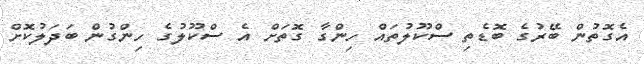
އެގޮތުން ބޭރުގެ ބޮޑެތި ސްކޫލުތައް ހިންގާ ގޮތަށް އެ ސްކޫލުގެ ހިންގުން ބަދަލުކޮށް